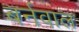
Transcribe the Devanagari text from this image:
बर्नवाल